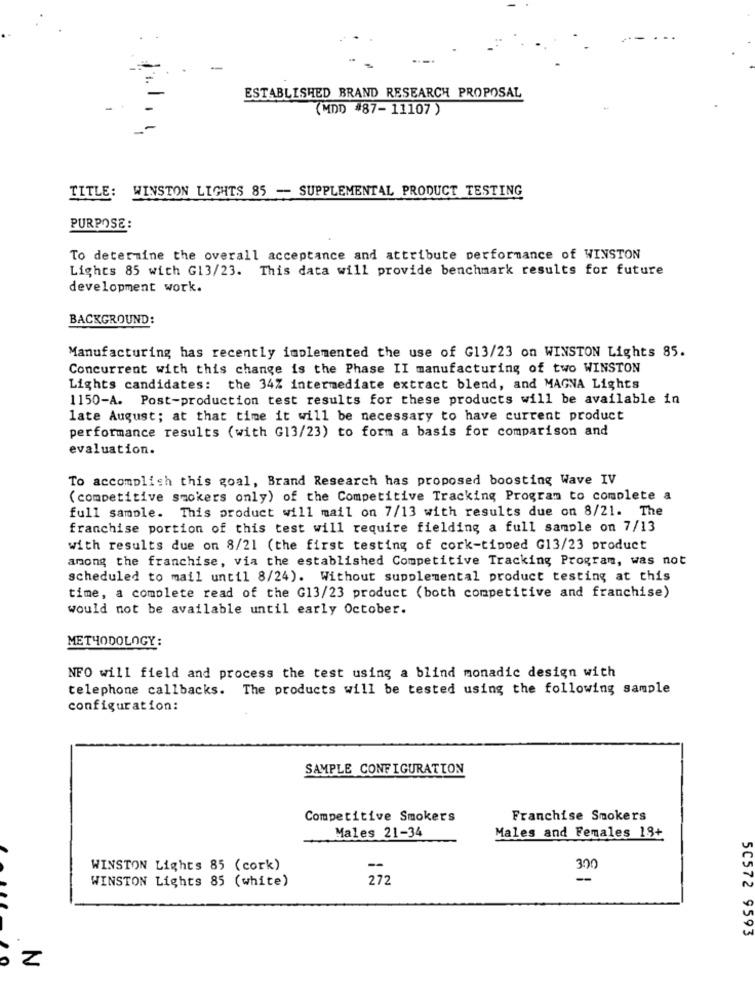
ESTABLISHED BRAND RESEARCH PROPOSAL
(MDD #87-11107)
TITLE: WINSTON LIGHTS 85 - SUPPLEMENTAL PRODUCT TESTING
PURPOSE:
To determine the overall acceptance and attribute performance of WINSTON
Lights 85 with G13/23. This data will provide benchmark results for future
development work.
BACKGROUND:
Manufacturing has recently implemented the use of G13/23 on WINSTON Lights 85.
Concurrent with this change is the Phase II manufacturing of two WINSTON
Lights candidates: the 34% intermediate extract blend, and MAGNA Lights
1150-A. Post-production test results for these products will be available in
late August; at that time it will be necessary to have current product
performance results (with G13/23) to form a basis for comparison and
evaluation.
To accomplish this goal, Brand Research has proposed boosting Wave IV
( competitive smokers only) of the Competitive Tracking Program to complete a
full sample. This product will mail on 7/13 with results due on 8/21. The
franchise portion of this test will require fielding a full sample on 7/13
with results due on 8/21 (the first testing of cork-tipped G13/23 product
among the franchise, via the established Competitive Tracking Program, was not
scheduled to mail until 8/24). Without supplemental product testing at this
time, a complete read of the G13/23 product (both competitive and franchise)
would not be available until early October.
METHODOLOGY:
NFO will field and process the test using a blind monadic design with
telephone callbacks. The products will be tested using the following sample
configuration:
SAMPLE CONFIGURATION
Competitive Smokers
Franchise Smokers
Males 21-34
Males and Females 18+
WINSTON Lights 85 (cork)
300
WINSTON Lights 85 (white)
272
-
50572 9593
Z